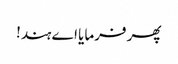
پھر فرمایا اے ہند!